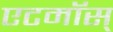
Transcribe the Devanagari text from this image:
एटमॉस्